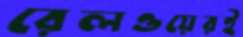
রেলওয়েরই